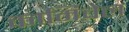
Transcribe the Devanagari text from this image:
कार्मिचेल